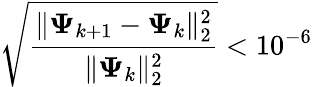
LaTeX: \sqrt{\frac{\lVert\mathbf{\Psi}_{k+1}-\mathbf{\Psi}_{k}\rVert_{2}^{2}}{\lVert\mathbf{\Psi}_{k}\rVert_{2}^{2}}}<10^{-6}